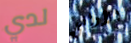
لدي الأواني